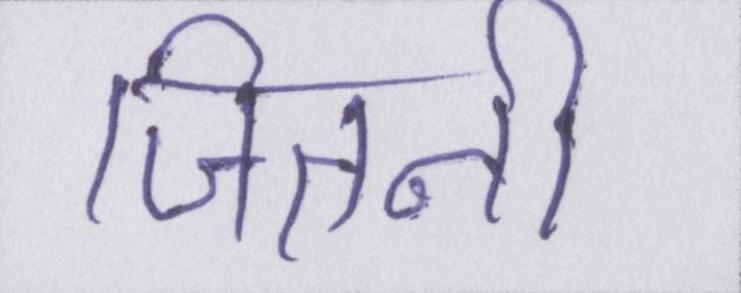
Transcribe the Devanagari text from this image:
जितनी